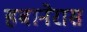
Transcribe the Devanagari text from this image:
हबानेरास